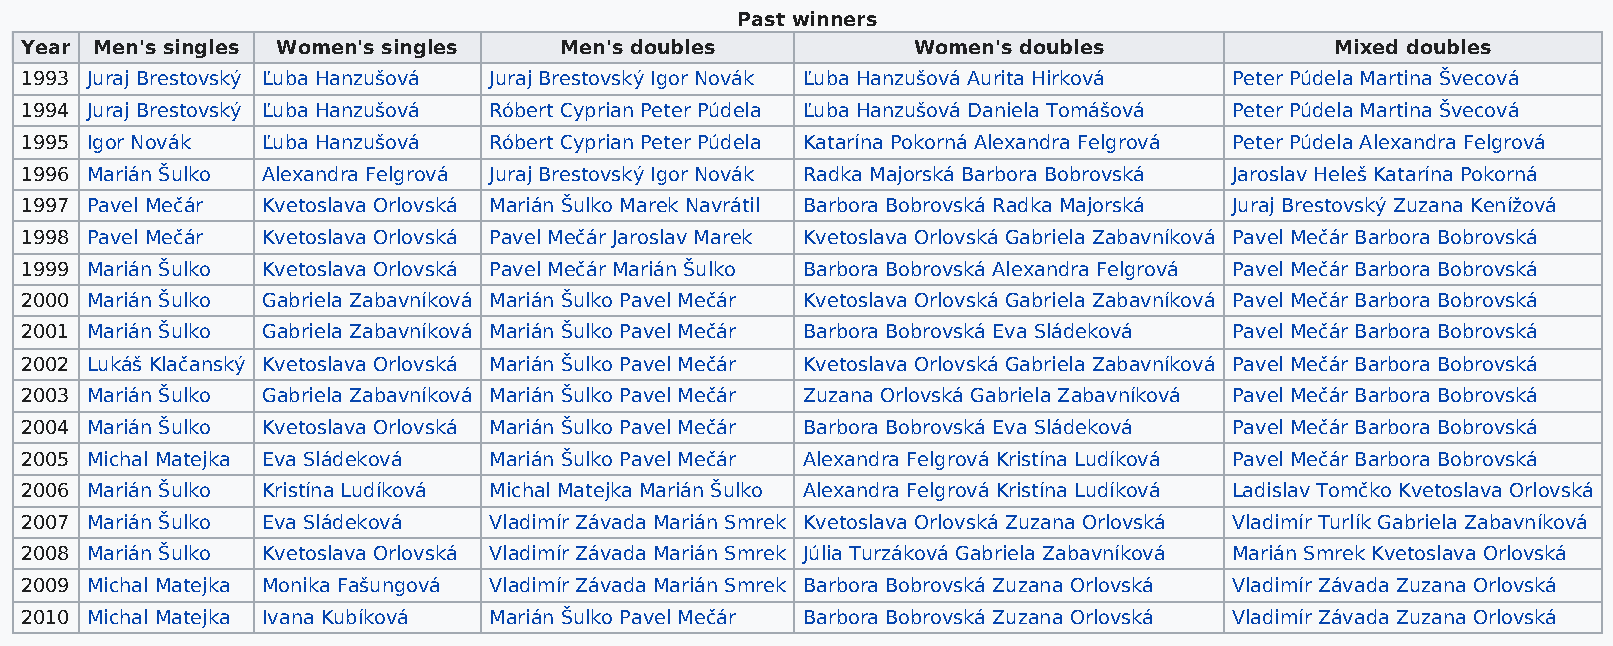
Past winners
 Year Men's singles Women's singles  Men's doubles          Women's doubles             Mixed doubles
 1993 Juraj Brestovský Ľuba Hanzušová Juraj Brestovský Igor Novák Ľuba Hanzušová Aurita Hirková Peter Púdela Martina Švecová
 1994 Juraj Brestovský Ľuba Hanzušová Róbert Cyprian Peter Púdela Ľuba Hanzušová Daniela Tomášová Peter Púdela Martina Švecová
 1995 Igor Novák Ľuba Hanzušová Róbert Cyprian Peter Púdela Katarína Pokorná Alexandra Felgrová Peter Púdela Alexandra Felgrová
 1996 Marián Šulko Alexandra Felgrová Juraj Brestovský Igor Novák Radka Majorská Barbora Bobrovská Jaroslav Heleš Katarína Pokorná
 1997 Pavel Mečár Kvetoslava Orlovská Marián Šulko Marek Navrátil Barbora Bobrovská Radka Majorská Juraj Brestovský Zuzana Kenížová
 1998 Pavel Mečár Kvetoslava Orlovská Pavel Mečár Jaroslav Marek Kvetoslava Orlovská Gabriela Zabavníková Pavel Mečár Barbora Bobrovská
 1999 Marián Šulko Kvetoslava Orlovská Pavel Mečár Marián Šulko Barbora Bobrovská Alexandra Felgrová Pavel Mečár Barbora Bobrovská
 2000 Marián Šulko Gabriela Zabavníková Marián Šulko Pavel Mečár Kvetoslava Orlovská Gabriela Zabavníková Pavel Mečár Barbora Bobrovská
 2001 Marián Šulko Gabriela Zabavníková Marián Šulko Pavel Mečár Barbora Bobrovská Eva Sládeková Pavel Mečár Barbora Bobrovská
 2002 Lukáš Klačanský Kvetoslava Orlovská Marián Šulko Pavel Mečár Kvetoslava Orlovská Gabriela Zabavníková Pavel Mečár Barbora Bobrovská
 2003 Marián Šulko Gabriela Zabavníková Marián Šulko Pavel Mečár Zuzana Orlovská Gabriela Zabavníková Pavel Mečár Barbora Bobrovská
 2004 Marián Šulko Kvetoslava Orlovská Marián Šulko Pavel Mečár Barbora Bobrovská Eva Sládeková Pavel Mečár Barbora Bobrovská
 2005 Michal Matejka Eva Sládeková Marián Šulko Pavel Mečár Alexandra Felgrová Kristína Ludíková Pavel Mečár Barbora Bobrovská
 2006 Marián Šulko Kristína Ludíková Michal Matejka Marián Šulko Alexandra Felgrová Kristína Ludíková Ladislav Tomčko Kvetoslava Orlovská
 2007 Marián Šulko Eva Sládeková Vladimír Závada Marián Smrek Kvetoslava Orlovská Zuzana Orlovská Vladimír Turlík Gabriela Zabavníková
 2008 Marián Šulko Kvetoslava Orlovská Vladimír Závada Marián Smrek Júlia Turzáková Gabriela Zabavníková Marián Smrek Kvetoslava Orlovská
 2009 Michal Matejka Monika Fašungová Vladimír Závada Marián Smrek Barbora Bobrovská Zuzana Orlovská Vladimír Závada Zuzana Orlovská
 2010 Michal Matejka Ivana Kubíková Marián Šulko Pavel Mečár Barbora Bobrovská Zuzana Orlovská Vladimír Závada Zuzana Orlovská